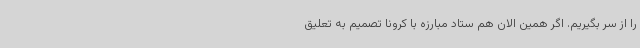
را از سر بگیریم. اگر همین الان هم ستاد مبارزه با کرونا تصمیم به تعلیق